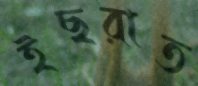
ইছরাত